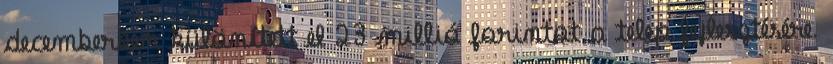
decemberben különített el 23 millió forintot a telep fejlesztésére.